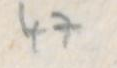
Transcription: 47